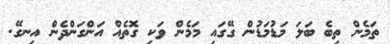
ތަމެން ތިބެ ބަލަ މަޑުމަޑުން ގޭގައި މަމެން ވަކި ގޮތެއް އަންގަންދެން އިނގޭ.